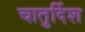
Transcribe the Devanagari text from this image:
चातुर्दिश